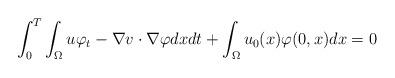
LaTeX: \begin{align*}\int_0^T \int_\Omega u \varphi_t - \nabla v \cdot \nabla \varphi dx dt + \int_{\Omega} u_0(x)\varphi(0,x) dx = 0\end{align*}